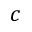
c